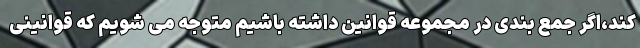
کند،اگر جمع بندی در مجموعه قوانین داشته باشیم متوجه می شویم که قوانینی